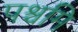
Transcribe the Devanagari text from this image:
पश्चमि